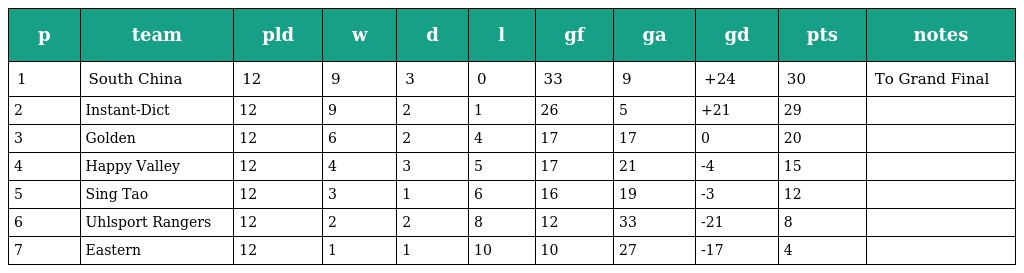
| p | team | pld | w | d | l | gf | ga | gd | pts | notes |
 | --- | --- | --- | --- | --- | --- | --- | --- | --- | --- | --- |
 | 1 | South China | 12 | 9 | 3 | 0 | 33 | 9 | +24 | 30 | To Grand Final |
 | 2 | Instant-Dict | 12 | 9 | 2 | 1 | 26 | 5 | +21 | 29 |  |
 | 3 | Golden | 12 | 6 | 2 | 4 | 17 | 17 | 0 | 20 |  |
 | 4 | Happy Valley | 12 | 4 | 3 | 5 | 17 | 21 | -4 | 15 |  |
 | 5 | Sing Tao | 12 | 3 | 1 | 6 | 16 | 19 | -3 | 12 |  |
 | 6 | Uhlsport Rangers | 12 | 2 | 2 | 8 | 12 | 33 | -21 | 8 |  |
 | 7 | Eastern | 12 | 1 | 1 | 10 | 10 | 27 | -17 | 4 |  |